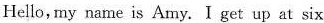
Hello, my name is Amy. I get up at six